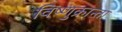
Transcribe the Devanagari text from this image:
विष्णुक्रान्ता